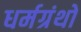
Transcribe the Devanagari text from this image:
धर्मग्रंथो